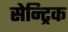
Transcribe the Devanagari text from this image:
सेन्ट्रिक